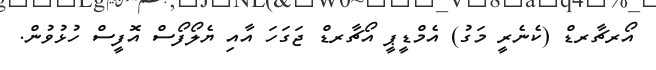
އޯރޗާރޑް (ކެނެރީ މަގު) އެމްޑީޕީ އޯޗާރޑް ޖަގަހަ އާއި ޔެލޯފޯސް އޮފީސް ހުޅުވުން.